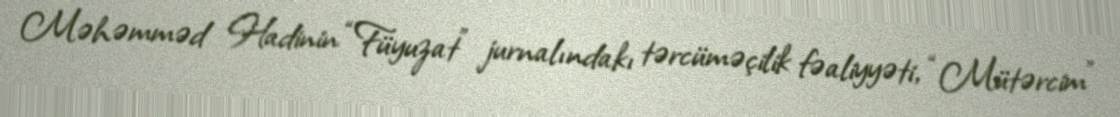
Məhəmməd Hadinin “Füyuzat” jurnalındakı tərcüməçilik fəaliyyəti, “Mütərcim”